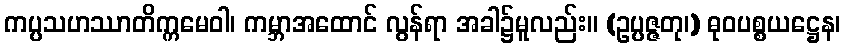
ကပ္ပသဟဿာတိက္ကမေဝါ၊ ကမ္ဘာအထောင် လွန်ရာ အခါ၌မူလည်း။ (ဥပ္ပဇ္ဇတု၊) ဓုဝပစ္စယဋ္ဌေန၊